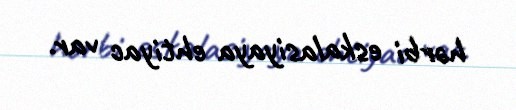
hərbi eskalasiyaya ehtiyac var.